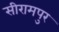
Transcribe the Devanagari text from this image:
सीरामपुर